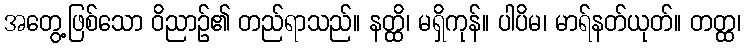
အတွေ့ဖြစ်သော ဝိညာဉ်၏ တည်ရာသည်။ နတ္ထိ၊ မရှိကုန်။ ပါပိမ၊ မာရ်နတ်ယုတ်။ တတ္ထ၊